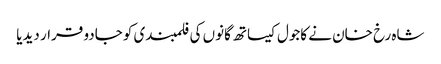
شاہ رخ خان نے کاجول کیساتھ گانوں کی فلمبندی کو جادو قرار دیدیا